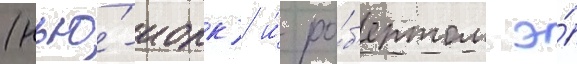
(нью́-иорк) и́ ро́б'ертом э́